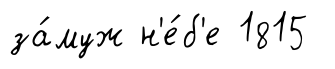
за́муж н'е́б'е 1815